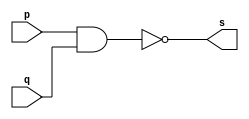
// ------------------------- 
// Exemplo1 - NAND 
// Nome: Julio Miranda Machado
// ------------------------- 
// ------------------------- 
// -- NAND gate 
// ------------------------- 
module nandgate ( output s, 
input p, q); 
assign s = p ~& q; 
endmodule 
// --------------------- 
// -- test NAND gate 
// --------------------- 
module testnandgate; 
// ------------------------- dados locais 
reg a, b; // definir registradores 
wire s; // definir conexao (fio) 
// ------------------------- instancia 
nandgate OR1 (s, a, b); 
// ------------------------- preparacao 
initial begin:start 
a=0; b=0; 
end 
// ------------------------- parte principal 
initial begin 
$display("Exemplo1 - Julio Miranda Machado- 435666-7"); 
$display("Test NAND gate"); 
$display("\na & b = s\n"); 
a=0; b=0; 
#1 $display("%b & %b = %b", a, b, s); 
a=0; b=1; 
#1 $display("%b & %b = %b", a, b, s); 
a=1; b=0; 
#1 $display("%b & %b = %b", a, b, s); 
a=1; b=1; 
#1 $display("%b & %b = %b", a, b, s); 
end 
endmodule // testnandgate